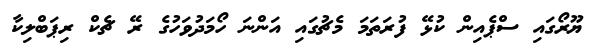
ޔޫރޯގައި ސްޕެއިން ކުޅޭ ފުރަތަމަ މެޗުގައި އަންނަ ހޯމަދުވަހުގެ ރޭ ޗެކް ރިޕަބްލިކާ